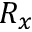
R _ { x }